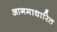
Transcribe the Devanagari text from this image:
आगमाधारित